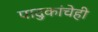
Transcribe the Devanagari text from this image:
पादुकांचेही